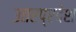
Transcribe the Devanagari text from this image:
उतरप्रदेश